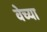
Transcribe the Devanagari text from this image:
वेच्या